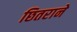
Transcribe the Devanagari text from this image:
छितराने